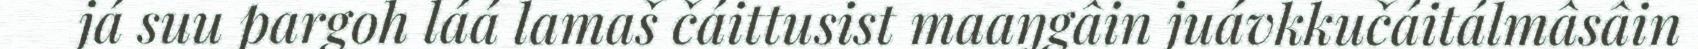
já suu pargoh láá lamaš čáittusist maaŋgâin juávkkučáitálmâsâin